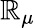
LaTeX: \mathbb{R}_{\mu}